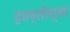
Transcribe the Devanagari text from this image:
हाल्सीच्या